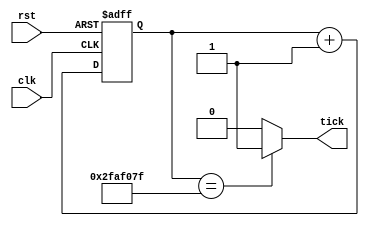
//This an updated and modified clock divider that should be less sensitive to metastability

//It is slightly modified in a sense that it can time the first clock posedge it initiates.
//Initial clock count starts from 10 instead of 0 for the 16 clock divider. This will make the first generated clock arrive on the 4th falling edge of SPI_SCK.
//Changing the initial clock count moves the first posedge. Starting from 14 will make the transfer_clock will tick the first time on the last SCK falling edge of the START_READOUT command.


module mod_upd_clock_divider
#(
		parameter MODULO = 50000000
)
(
		input 			clk,
		input 			rst,
		output			tick

);

localparam WIDTH = (MODULO == 1) ? 1 : $clog2(MODULO);

reg [WIDTH-1:0] count =0;

assign tick = (count == MODULO - 1) ? 1'b1 : 1'b0;

always @ (posedge clk or posedge rst) begin
	if (rst == 1'b1) begin
		count <= 10;
	end else begin
		count <= count +1;
	end
end 

endmodule